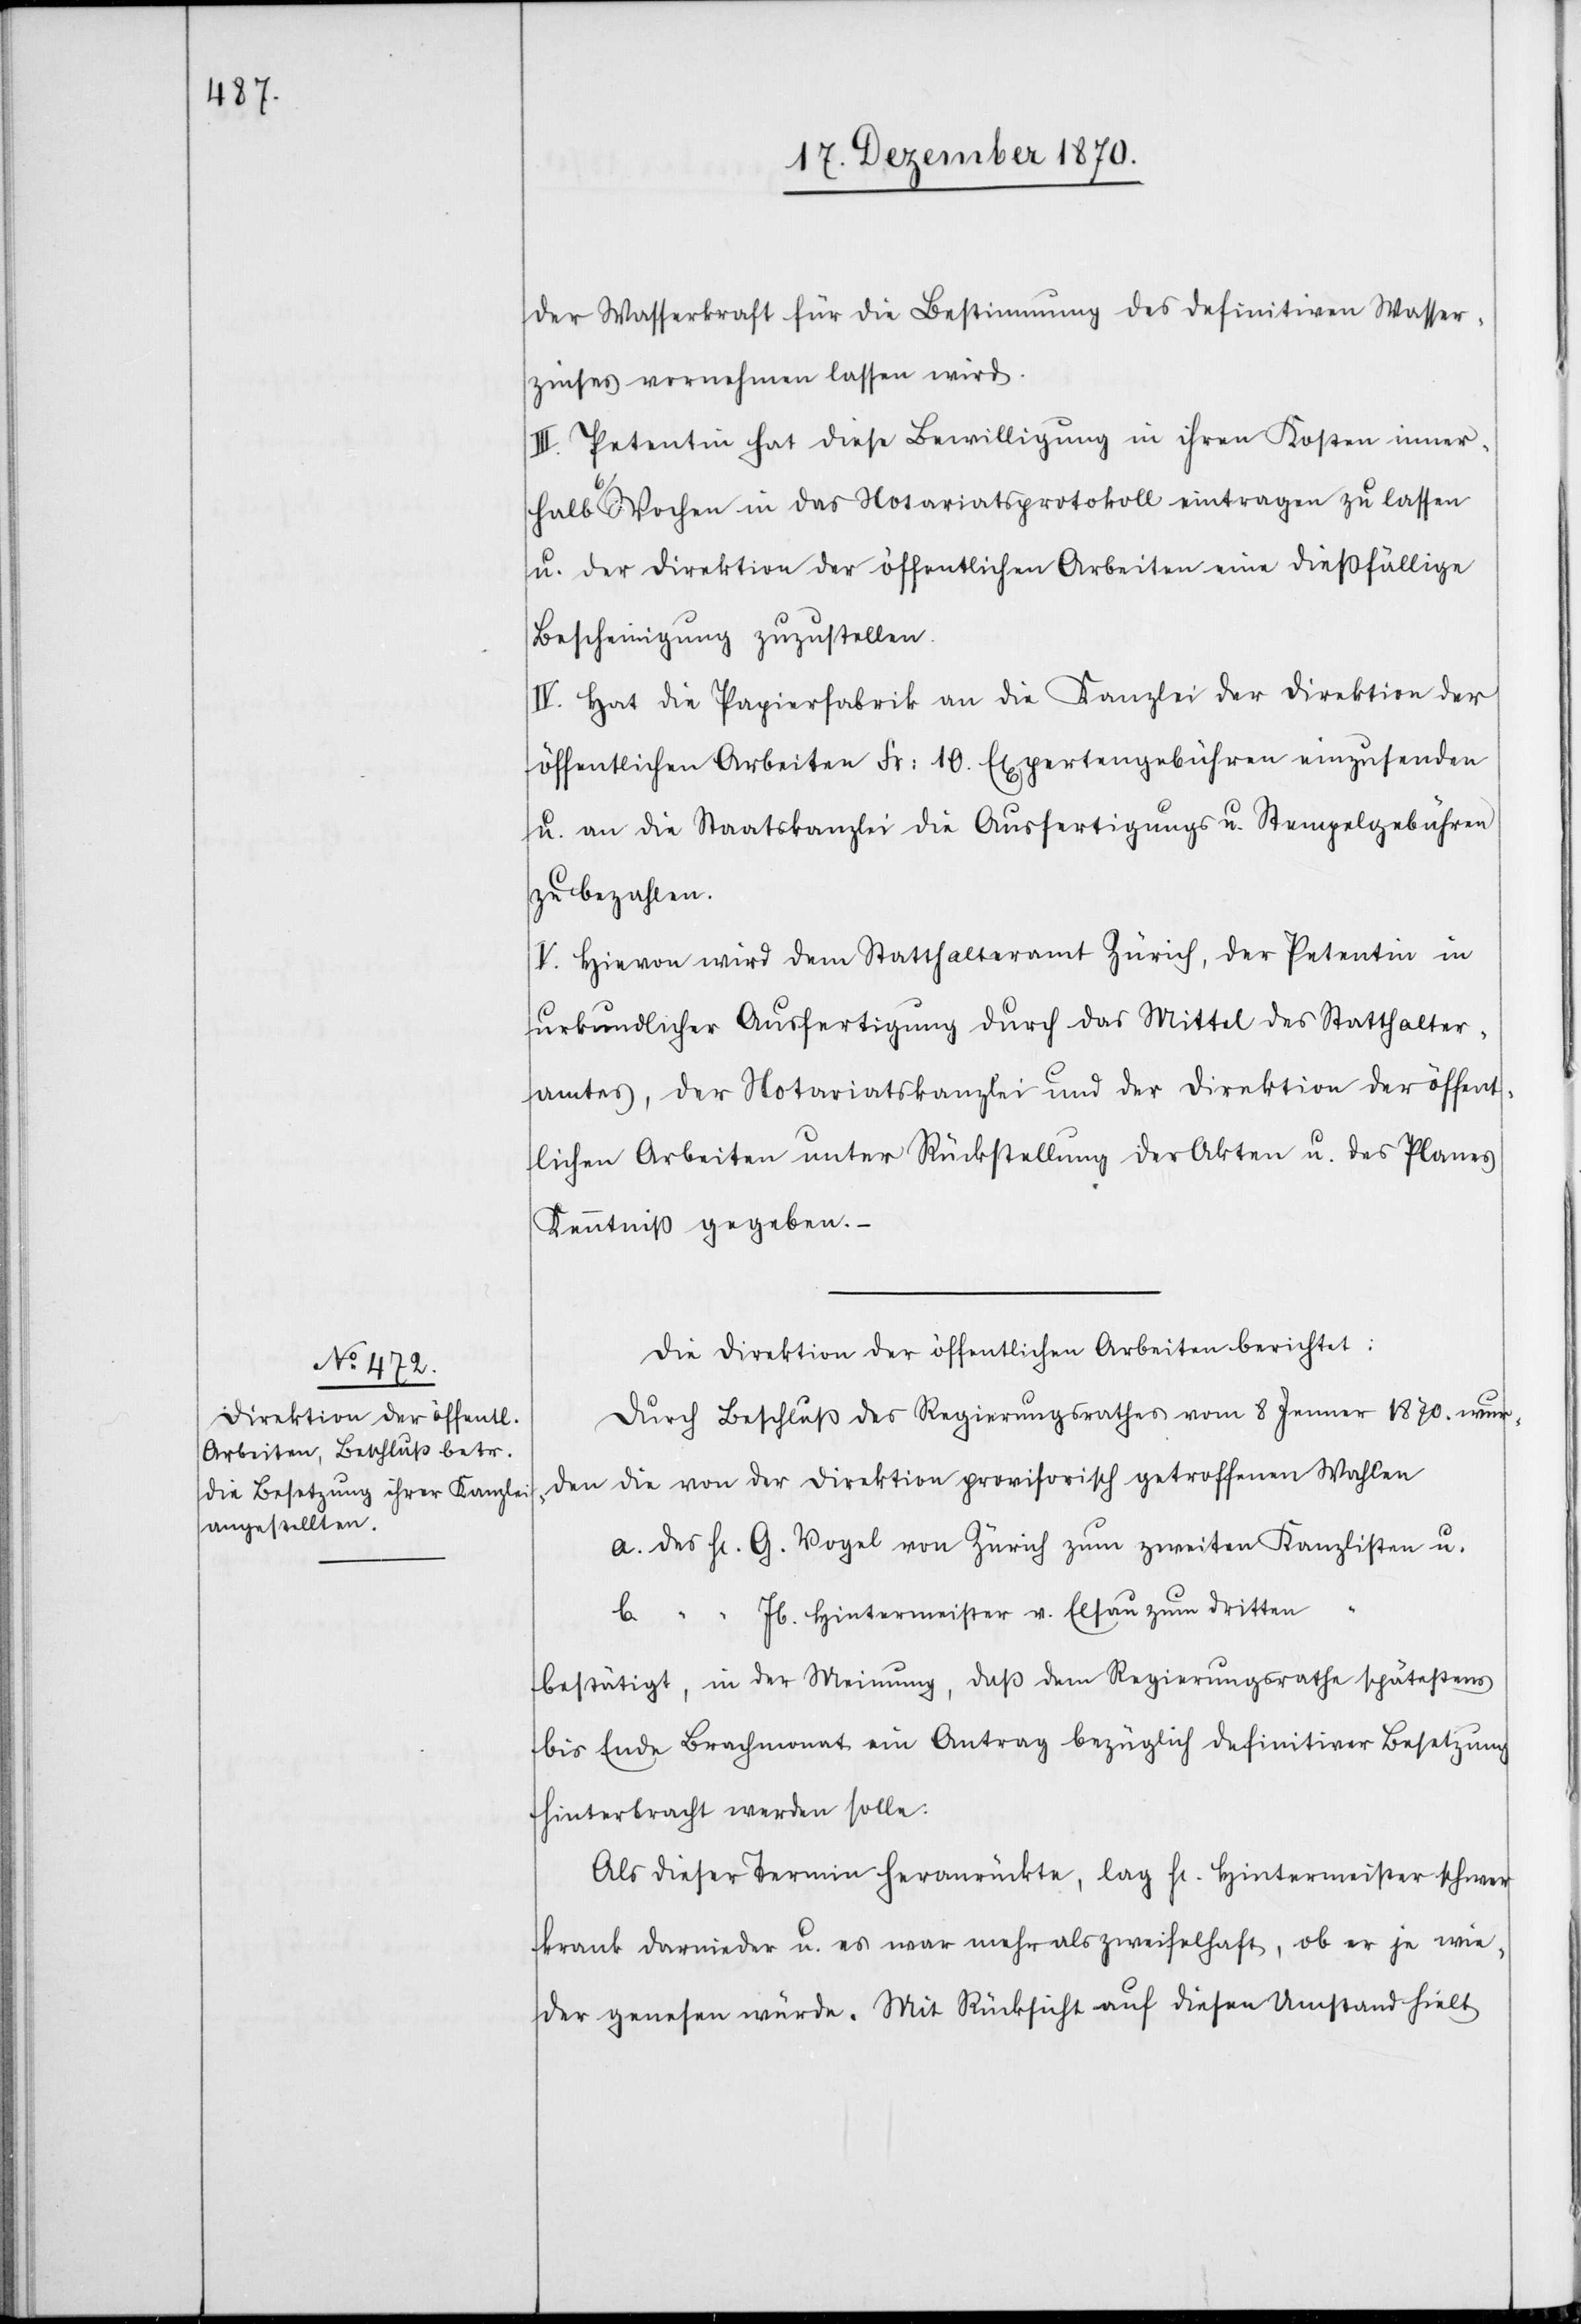
der Wasserkraft für die Bestimmung des definitiven Wasser¬
zinses vornehmen lassen wird.
III. Petentin hat diese Bewilligung in ihren Kosten inner¬
halb 6 Wochen in das Notariatsprotokoll eintragen zu lassen
u. der Direktion der öffentlichen Arbeiten eine dießfällige
Bescheinigung zuzustellen.
IV. Hat die Papierfabrik an die Kanzlei der Direktion der
öffentlichen Arbeiten Fr: 10. Expertengebühren einzusenden
u. an die Staatskanzlei die Ausfertigungs[-] u. Stempelgebühren
zu bezahlen.
V. Hievon wird dem Statthalteramt Zürich, der Petentin in
urkundlicher Ausfertigung durch das Mittel des Statthalter¬
amtes, der Notariatskanzlei und der Direktion der öffent¬
lichen Arbeiten unter Rückstellung der Akten u. des Planes
Kenntniß gegeben.
Die Direktion der öffentlichen Arbeiten berichtet:
Durch Beschluß des Regierungsrathes vom 8. Jenner 1870. wur¬
den die von der Direktion provisorisch getroffenen Wahlen
a. des H[errn] G. Vogel von Zürich zum zweiten Kanzlisten u.
“ “ Jb. Hintermeister v. Elsau zum dritten
b.
bestätigt, in der Meinung, daß dem Regierungsrathe spätestens
bis Ende Brachmonat ein Antrag bezüglich definitiver Besetzung
hinterbracht werden solle.
Als dieser Termin heranrückte, lag H[err] Hintermeister schwer
krank darnieder u. es war mehr als zweifelhaft, ob er je wie¬
der genesen würde. Mit Rücksicht auf diesen Umstand hielt